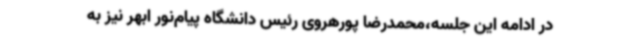
در ادامه این جلسه،محمدرضا پورهروی رئیس دانشگاه پیام‌نور ابهر نیز به